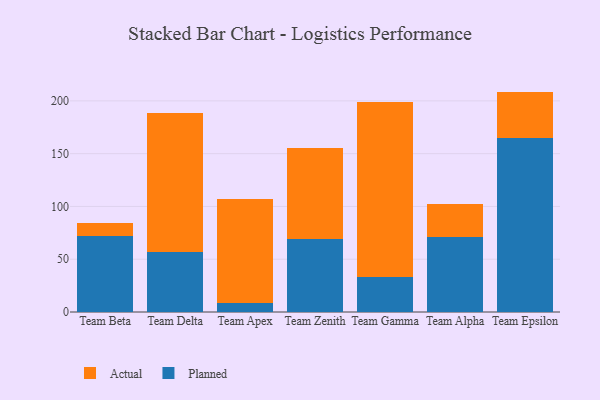
{"axis": {"x": "Team", "y": "Net Income (USD K)"}, "legend": ["Actual", "Planned"], "data": [{"x": "Team Beta", "y": 72.1, "type": "Planned"}, {"x": "Team Beta", "y": 11.8, "type": "Actual"}, {"x": "Team Delta", "y": 57.1, "type": "Planned"}, {"x": "Team Delta", "y": 131.7, "type": "Actual"}, {"x": "Team Apex", "y": 8.7, "type": "Planned"}, {"x": "Team Apex", "y": 98.1, "type": "Actual"}, {"x": "Team Zenith", "y": 69.6, "type": "Planned"}, {"x": "Team Zenith", "y": 86.0, "type": "Actual"}, {"x": "Team Gamma", "y": 32.9, "type": "Planned"}, {"x": "Team Gamma", "y": 165.6, "type": "Actual"}, {"x": "Team Alpha", "y": 71.2, "type": "Planned"}, {"x": "Team Alpha", "y": 30.7, "type": "Actual"}, {"x": "Team Epsilon", "y": 165.2, "type": "Planned"}, {"x": "Team Epsilon", "y": 43.6, "type": "Actual"}]}